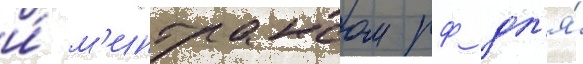
и́ м'интрансом рф дл'я́